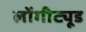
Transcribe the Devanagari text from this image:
लोंगीट्यूड